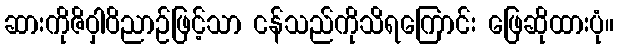
ဆားကိုဇိဝှါဝိညာဉ်ဖြင့်သာ ငန်သည်ကိုသိရကြောင်း ဖြေဆိုထားပုံ။